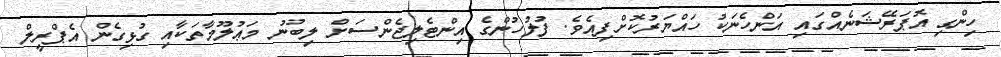
ހިންގި އޮޕަރޭޝަނެއްގައި އަންހެނަކު ހައްޔަރުކޮށްފިއެވެ. ފުލުހުންގެ އިންޓެލިޖެންސަށް ލިބުނު މަޢުލޫމާތަކާއި ގުޅިގެން އެޕްރީލް